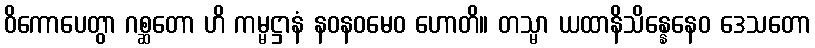
ဝိကောပေတွာ ဂစ္ဆတော ဟိ ကမ္မဋ္ဌာနံ နဝနဝမေဝ ဟောတိ။ တသ္မာ ယထာနိသိန္နေနေဝ ဒေသတော